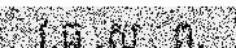
វ.ធ .ស . ព.